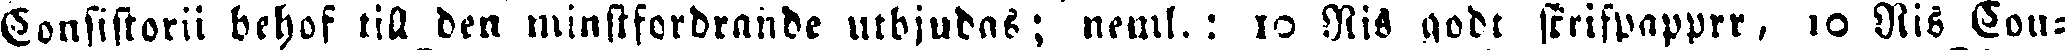
Consistorii behof till den minstfordrande utbjudas; neml.: 10 Nis godt scrifpapper, 10 Nis Con-